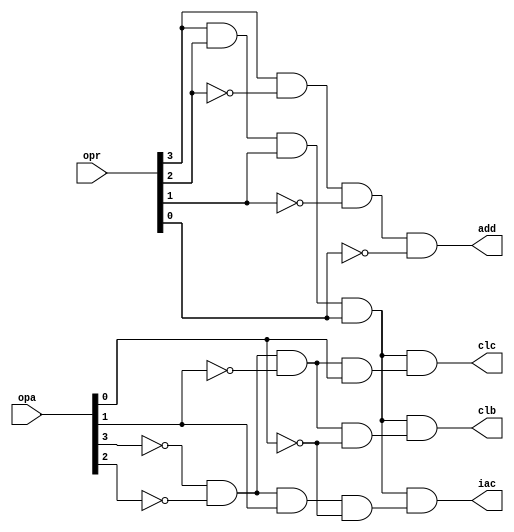
// Student Name: Daniel Martin
// Description: Structural Instruction Decoder for 4-bit cpu

`timescale 1ns / 1ns

module instrdec_str (input wire [3:0] opr, opa,
		output wire clb, clc, iac, add);
	
	// Inverted versions of opr bits
	not(r_n2, opr[2]);
	not(r_n1, opr[1]);
	not(r_n0, opr[0]);

	// Inverted versions of opa bits
	not(a_n3, opa[3]);
	not(a_n2, opa[2]);
	not(a_n1, opa[1]);
	not(a_n0, opa[0]);
	
	// Add
	and(add, opr[3],r_n2,r_n1,r_n0);
	
	// Bitwise AND of opr bits - used for other 3 instructions
	and(opr_c, opr[3], opr[2], opr[1], opr[0]);
	
	// If OPA = 0000
	and(opa_0, a_n3, a_n2, a_n1, a_n0);
	and (clb, opr_c, opa_0);
	
	// If OPA = 0001
	and(opa_1, a_n3, a_n2, a_n1, opa[0]);
	and (clc, opr_c, opa_1);
	
	// If OPA = 0010
	and(opa_2, a_n3, a_n2, opa[1], a_n0);
	and (iac, opr_c, opa_2);
  
  endmodule